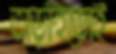
তাড়াহুড়োই